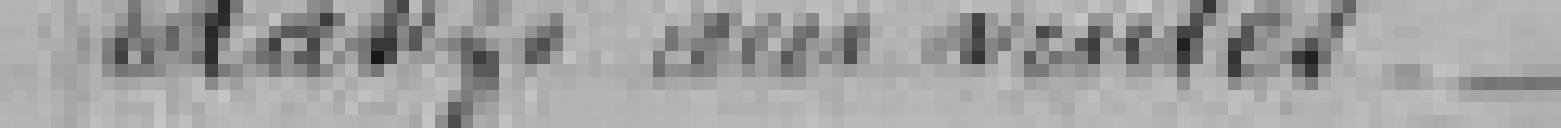
relatifs aux ventes